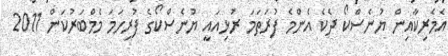
އެމެރިކާއިން ޔުނެސްކޯ ދެކެ އެންމެ ފުރަތަމަ ރުޅިއައީ ޔުނެސްކޯގެ ފުރިހަމަ މެމްބަރުކަން 2011